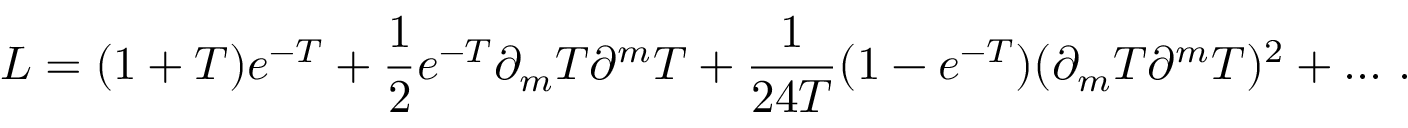
{ \cal L } = ( 1 + T ) e ^ { - T } + { \frac { 1 } { 2 } } e ^ { - T } \partial _ { m } T \partial ^ { m } T + { \frac { 1 } { 2 4 T } } ( 1 - e ^ { - T } ) ( \partial _ { m } T \partial ^ { m } T ) ^ { 2 } + . . . \ .